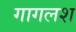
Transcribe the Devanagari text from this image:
गागलश